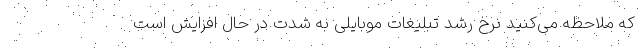
که ملاحظه می‌کنید نرخ رشد تبلیغات موبایلی به شدت در حال افزایش است